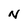
Character: N